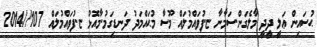
ޙުސައިން ޢަލީ ދީދީ މާލެގަން.ސަމާނާ ޏ.ފުވައްމުލައް މޫސާ މުޙައްމަދު ދަނޑިގަމު.މާއޮޅު ޏ.ފުވައްމުލައް 107//2014